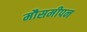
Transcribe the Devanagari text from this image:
मौसमीपन